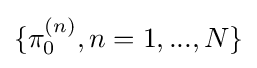
\{\pi _{0}^{(n)},n=1,...,N\}